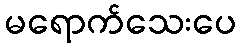
မရောက်သေးပေ